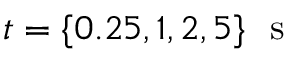
t = \{ 0 . 2 5 , 1 , 2 , 5 \} \ \mathrm { ~ s ~ }